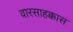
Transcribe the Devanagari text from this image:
वारसाहक्कास